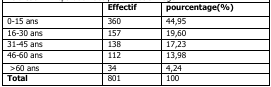
|  | Effectif | pourcentage(%) |
 | --- | --- | --- |
 | 0-15 ans | 360 | 44,95 |
 | 16-30 ans | 157 | 19,60 |
 | 31-45 ans | 138 | 17,23 |
 | 46-60 ans | 112 | 13,98 |
 | >60 ans | 34 | 4,24 |
 | Total | 801 | 100 |